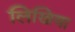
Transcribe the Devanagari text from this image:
लिखिया